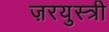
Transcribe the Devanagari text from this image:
ज़रयुस्त्री